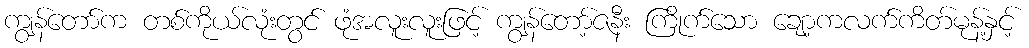
ကျွန်တော်က တစ်ကိုယ်လုံးတွင် ဖုံအလူးလူးဖြင့် ကျွန်တော့်ဇနီး ကြိုက်သော ချော့ကလက်ကိတ်မုန့်နှင့်